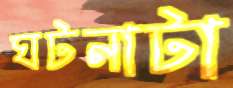
ঘটনাটা